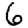
Digit: 6